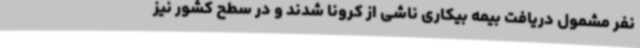
نفر مشمول دریافت بیمه بیکاری ناشی از کرونا شدند و در سطح کشور نیز